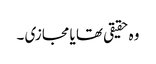
وہ حقیقی تھا یا مجازی ۔